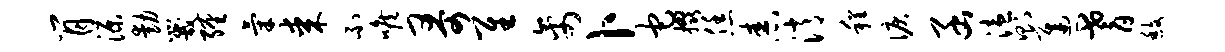
肖源动咒缠气某不喉哥隹禽卜它掇恁舂消程泪函溘则迟耆馥